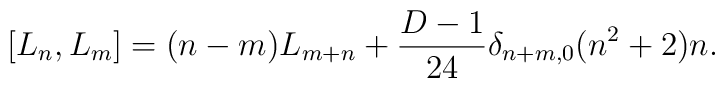
\lbrack L_n,L_m \rbrack = (n-m)L_{m+n}+\frac{D-1}{24}\delta_{n+m,0}(n^2+2)n.